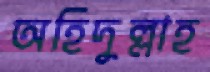
অহিদুল্লাহ